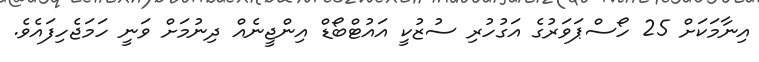
އިނާމަކަށް 25 ހޯސްޕަވަރުގެ އަގުހުރި ސުޒުކީ އައުޓްބޯޑް އިންޖީނެއް ދިނުމަށް ވަނީ ހަމަޖެހިފައެވެ.